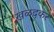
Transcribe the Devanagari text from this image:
खळदकर